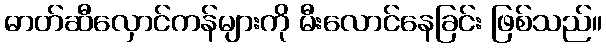
ဓာတ်ဆီလှောင်ကန်များကို မီးလောင်နေခြင်း ဖြစ်သည်။